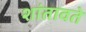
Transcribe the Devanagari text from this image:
शांतावते